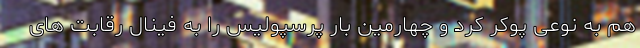
هم به نوعی پوکر کرد و چهارمین بار پرسپولیس را به فینال رقابت های